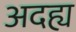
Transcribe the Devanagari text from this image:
अदह्य